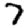
Digit: 7